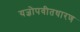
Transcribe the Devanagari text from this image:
यज्ञोपवीतधारण